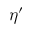
\eta ^ { \prime }